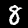
Label: 8